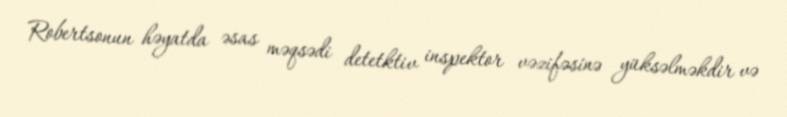
Robertsonun həyatda əsas məqsədi detetktiv inspektor vəzifəsinə yüksəlməkdir və